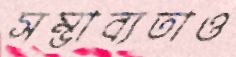
সম্ভাব্যতাও